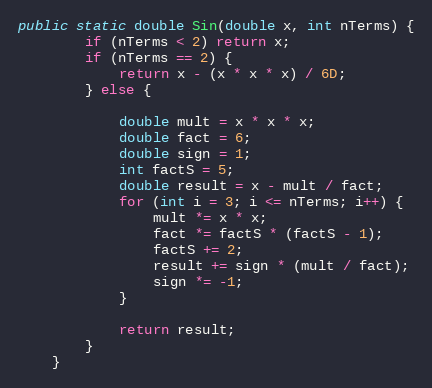
Language: Java
public static double Sin(double x, int nTerms) {
        if (nTerms < 2) return x;
        if (nTerms == 2) {
            return x - (x * x * x) / 6D;
        } else {

            double mult = x * x * x;
            double fact = 6;
            double sign = 1;
            int factS = 5;
            double result = x - mult / fact;
            for (int i = 3; i <= nTerms; i++) {
                mult *= x * x;
                fact *= factS * (factS - 1);
                factS += 2;
                result += sign * (mult / fact);
                sign *= -1;
            }

            return result;
        }
    }